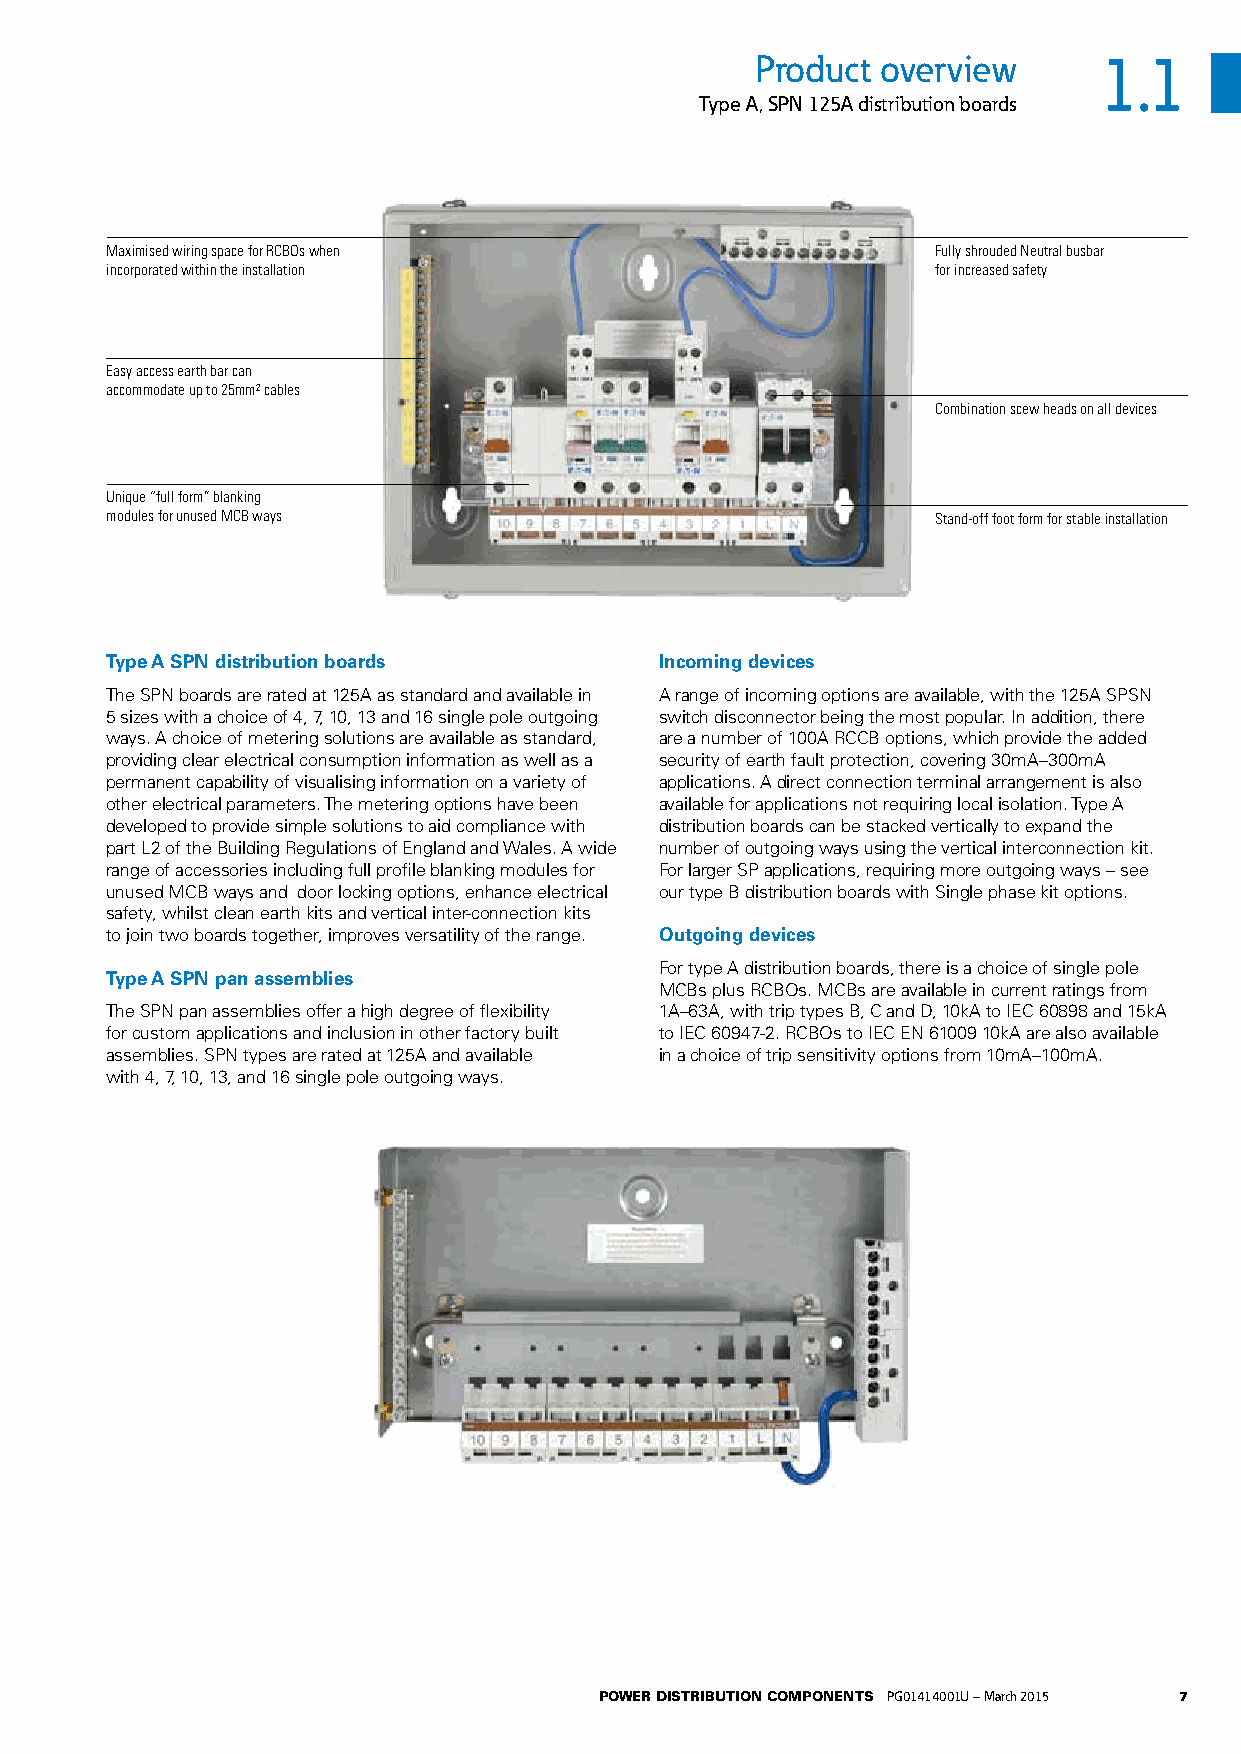
Product overview       1.1
 Type A, SPN 125A distribution boards
 Maximised wiring space for RCBOs when                  Fully shrouded Neutral busbar
 incorporated within the installation                   for increased safety
 Easy access earth bar can
 accommodate up to 25mm2 cables
 Combination scew heads on all devices
 Unique “full form” blanking
 modules for unused MCB ways                            Stand-off foot form for stable installation
 Type A SPN distribution boards       Incoming devices
 The SPN boards are rated at 125A as standard and available in A range of incoming options are available, with the 125A SPSN
 5 sizes with a choice of 4, 7, 10, 13 and 16 single pole outgoing switch disconnector being the most popular. In addition, there
 ways. A choice of metering solutions are available as standard, are a number of 100A RCCB options, which provide the added
 providing clear electrical consumption information as well as a security of earth fault protection, covering 30mA–300mA
 permanent capability of visualising information on a variety of applications. A direct connection terminal arrangement is also
 other electrical parameters. The metering options have been available for applications not requiring local isolation. Type A
 developed to provide simple solutions to aid compliance with distribution boards can be stacked vertically to expand the
 part L2 of the Building Regulations of England and Wales. A wide number of outgoing ways using the vertical interconnection kit.
 range of accessories including full profile blanking modules for For larger SP applications, requiring more outgoing ways – see
 unused MCB ways and door locking options, enhance electrical our type B distribution boards with Single phase kit options.
 safety, whilst clean earth kits and vertical inter-connection kits
 to join two boards together, improves versatility of the range. Outgoing devices
 For type A distribution boards, there is a choice of single pole
 Type A SPN pan assemblies
 MCBs plus RCBOs. MCBs are available in current ratings from
 The SPN pan assemblies offer a high degree of flexibility 1A–63A, with trip types B, C and D, 10kA to IEC 60898 and 15kA
 for custom applications and inclusion in other factory built to IEC 60947-2. RCBOs to IEC EN 61009 10kA are also available
 assemblies. SPN types are rated at 125A and available in a choice of trip sensitivity options from 10mA–100mA.
 with 4, 7, 10, 13, and 16 single pole outgoing ways.
 POWER DISTRIBUTION COMPONENTS PG01414001U – March 2015 7